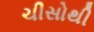
ચીસોથી